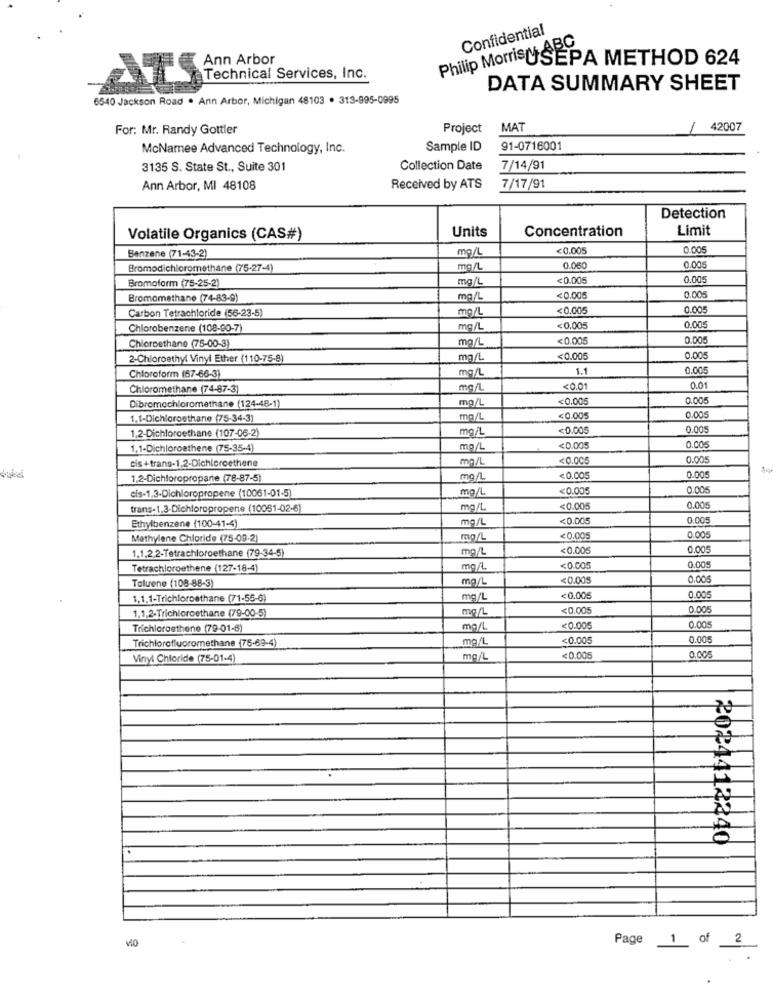
Confidential
Ann Arbor
Philip MorrisUSEPA METHOD 624
Technical Services, Inc.
ATS
DATA SUMMARY SHEET
6540 Jackson Road . Ann Arbor, Michigan 48103 . 313-995-0995
For: Mr. Randy Gottler
Project
MAT
42007
McNamee Advanced Technology, Inc.
Sample ID
91-0716001
3135 S. State St ., Suite 301
Collection Date
7/14/91
Ann Arbor, MI 48108
Received by ATS
7/17/91
Detection
Units
Concentration
Limit
Volatile Organics (CAS#)
Benzene (71-43-2)
mg/L
<0.005
0.005
Bromodichloromethane (75-27-4)
mg/L
0.050
0.005
Bromoform (75-25-2)
mg/L
<0.005
0.005
Bromomethane (74-83-9)
mg/L
<0.005
3.005
Carbon Tetrachloride (56-23-5)
mg/L
<0.005
0.00
Chlorobenzene (108-90-7)
mg/L
<0.005
0.005
Chloroethane (75-00-3)
mg/L
<0.005
0.005
2-Chloroethyl Vinyl Ether (110-75-8)
mg/L
<0.005
0.005
mg/L
1.1
0.005
Chloroform (67-66-3)
Chloromethane (74-87-3)
mg/L
<0.01
0.01
mg/L
<0.005
0.005
Dibromochloromethane (124-48-1)
1.1-Dichloroethane (75-34-3)
mg/L
<0.005
0.005
1.2-Dichloroethane (107-06-2)
mg/L
<0.005
0.005
1.1-Dichloroethene (75-35-4)
mp/L
<0.005
0.005
cis + trans-1,2-Dichloroethene
mg/L
<0.005
0.005
1.2-Dichloropropane (78-87-5)
<0.005
0.005
cis-1,3-Dichloropropene (10061-01-5)
mg/L
<0.005
0.005
trans-1.3-Dichloropropene (10051-02-6]
mg/L
<0.005
0.005
mg/L
<0.005
0.005
Ethylbenzene (100-41-4)
Mathylene Chloride (75-09-2)
mg/L
<0.005
0.005
1.1.2.2-Tetrachloroethane (79-34-5)
mg/L
<0.00
0.005
0.005
Tetrachloroethene (127-18-4]
mg/L
<0.005
mg/L
<0.005
0.00
Toluene (108-88-3)
1.1.1-Trichloroethane (71-55-6)
mg/L
<0.005
0.00
1.1.2-Trichloroethane (79-00-5)
mg/L
<0.005
0.005
Trichloroethene (79-01-6)
mg/L
<0.005
0.005
Trichlorofluoromethane (75-69-4)
mg/L
<0.005
0.00
Vinyl Chloride (75-01-4)
mg/L
<0.005
0.00
2024412340
Page 1 of 2